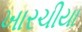
ખારચીયા